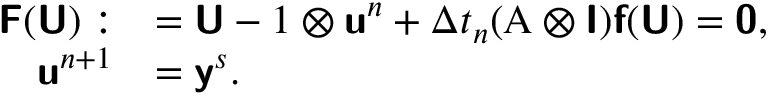
\begin{array} { r l } { \mathbf { \boldsymbol { \mathsf { F } } } ( \mathbf { \boldsymbol { \mathsf { U } } } ) : } & { = \mathbf { \boldsymbol { \mathsf { U } } } - \mathbf { \boldsymbol { 1 } } \otimes \mathbf { \boldsymbol { \mathsf { u } } } ^ { n } + \Delta t _ { n } ( \mathbf { \boldsymbol { A } } \otimes \mathbf { \boldsymbol { \mathsf { I } } } ) \mathbf { \boldsymbol { \mathsf { f } } } ( \mathbf { \boldsymbol { \mathsf { U } } } ) = \mathbf { \boldsymbol { \mathsf { 0 } } } , } \\ { \mathbf { \boldsymbol { \mathsf { u } } } ^ { n + 1 } } & { = \mathbf { \boldsymbol { \mathsf { y } } } ^ { s } . } \end{array}